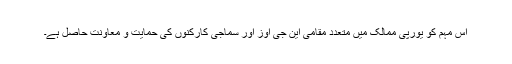
اس مہم کو یورپی ممالک میں متعدد مقامی این جی اوز اور سماجی کارکنوں کی حمایت و معاونت حاصل ہے۔